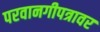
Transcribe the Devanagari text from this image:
परवानगीपत्रावर